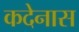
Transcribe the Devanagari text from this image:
कदेनास